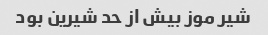
شیر موز بیش از حد شیرین بود